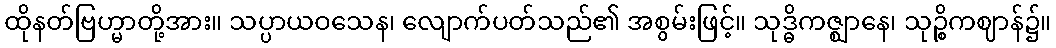
ထိုနတ်ဗြဟ္မာတို့အား။ သပ္ပာယဝသေန၊ လျောက်ပတ်သည်၏ အစွမ်းဖြင့်။ သုဒ္ဓိကဇ္ဈာနေ၊ သုဉ္စိကဈာန်၌။